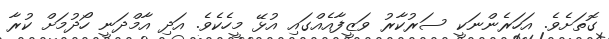
ގޮތަށެވެ. އަހަރެންނަކީ ސަރުކާރު ވަޒީފާއެއްގައި އުޅޭ މީހެކެވެ. އަދި އާމްދަނީ ހޯދުމަށް ކުރާ